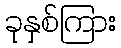
ခုနှစ်ကြား